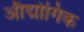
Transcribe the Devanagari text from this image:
औद्मोगिक